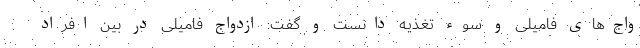
واج‌های فامیلی و سوء تغذیه دانست و گفت: ازدواج فامیلی در بین افراد